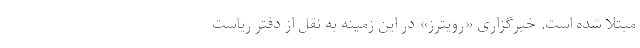
مبتلا شده است. خبرگزاری «رویترز» در این زمینه به نقل از دفتر ریاست